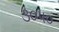
૩૦૫૦